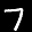
Label: 7